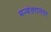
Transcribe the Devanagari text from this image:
मन्वंतरानंतर